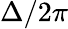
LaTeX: \Delta/2\pi